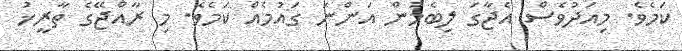
ކަމެވެ. މިއަދުވެސް އެޖާގަ ލިބެމުން އަންނަ ގައުމެއް ކަމެވެ. މި ރާއްޖޭގެ ތާރީޚު